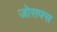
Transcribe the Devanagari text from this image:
जोसफ्स